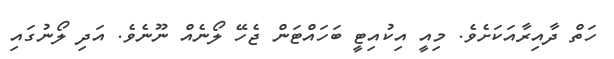
ހަތް ދާއިރާއަކަށެވެ. މިއީ އިކުއިޓީ ބަހައްޓަން ޖެހޭ ލޯނެއް ނޫނެވެ. އަދި ލޯނުގައި